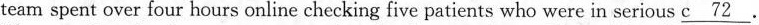
team spent over four hours online checking five patients who were in serious \underline{c 72}.